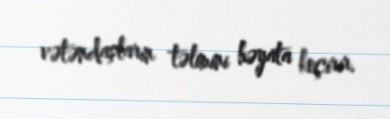
vətəndaşların təlimini həyata keçirir.